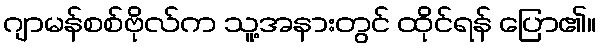
ဂျာမန်စစ်ဗိုလ်က သူ့အနားတွင် ထိုင်ရန် ပြော၏။